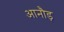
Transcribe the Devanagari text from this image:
आनौड़